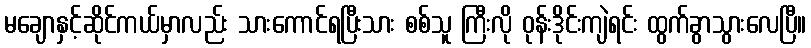
မချောနှင့်ဆိုင်ကယ်မှာလည်း သားကောင်ရပြီးသား စစ်သူ ကြီးလို ဝုန်းဒိုင်းကျဲရင်း ထွက်ခွာသွားလေပြီ။